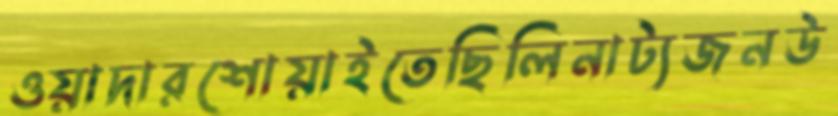
ওয়াদারশোয়াইতেছিলিনাট্যজনউ